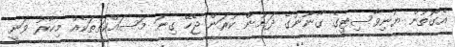
އެގޮތުން ޔުނިވާސިޓީގެ ގާނޫނުގެ ދަށުން ކުރަން ޖެހޭ ގިނަ މަސައްކަތްތަކެއް މިހާރު ވަނީ